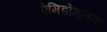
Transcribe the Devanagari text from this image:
ऐमिडोमूलक